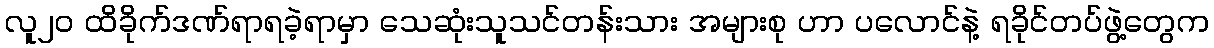
လူ၂၀ ထိခိုက်ဒဏ်ရာရခဲ့ရာမှာ သေဆုံးသူသင်တန်းသား အများစု ဟာ ပလောင်နဲ့ ရခိုင်တပ်ဖွဲ့တွေက